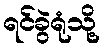
ရင်ခွဲရုံသို့